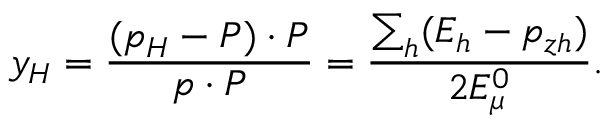
y _ { H } = \frac { ( p _ { H } - P ) \cdot P } { p \cdot P } = \frac { \sum _ { h } ( E _ { h } - p _ { z h } ) } { 2 E _ { \mu } ^ { 0 } } .